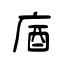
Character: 庮